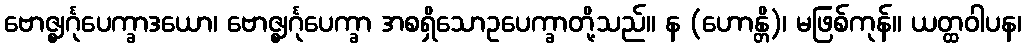
ဗောဇ္ဈင်္ဂုပေက္ခာဒယော၊ ဗောဇ္ဈင်္ဂုပေက္ခာ အစရှိသောဥပေက္ခာတို့သည်။ န (ဟောန္တိ)၊ မဖြစ်ကုန်။ ယတ္ထဝါပန၊